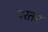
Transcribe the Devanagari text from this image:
परतम